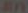
BUY